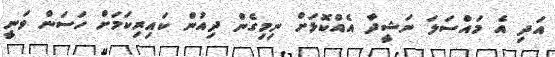
އަދި އެ މައްސަލަ ނަޝީދާ އެއްކޮޅަށް ނިމިގެން ދިއުން ކައިރިކަމަށް ހަސަން ވަނީ